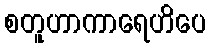
စတူဟာကာရေဟိပေ